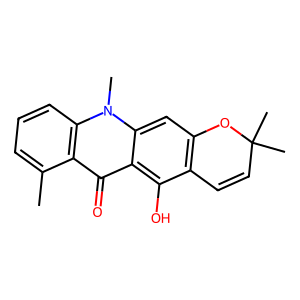
SMILES: Cc1cccc2c1c(=O)c1c(O)c3c(cc1n2C)OC(C)(C)C=C3
Inhibits HIV replication: No